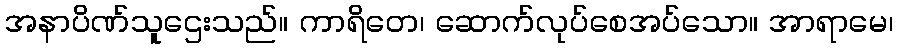
အနာပိဏ်သူဌေးသည်။ ကာရိတေ၊ ဆောက်လုပ်စေအပ်သော။ အာရာမေ၊